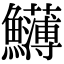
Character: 𩽛